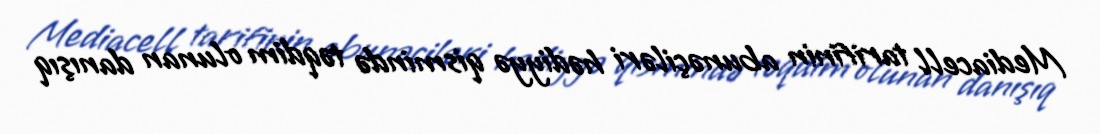
Mediacell tarifinin abunəçiləri hədiyyə qismində təqdim olunan danışıq